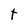
Character: t